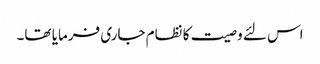
اس لئے وصیت کا نظام جاری فرمایا تھا۔